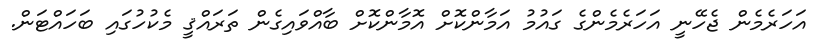
އަހަރެމެން ޖެހޭނީ އަހަރެމެންގެ ގައުމު އަމާންކޮށް އޮމާންކޮށް ބާއްވައިގެން ތަރައްޤީ މެކުހުގައި ބަހައްޓަން.